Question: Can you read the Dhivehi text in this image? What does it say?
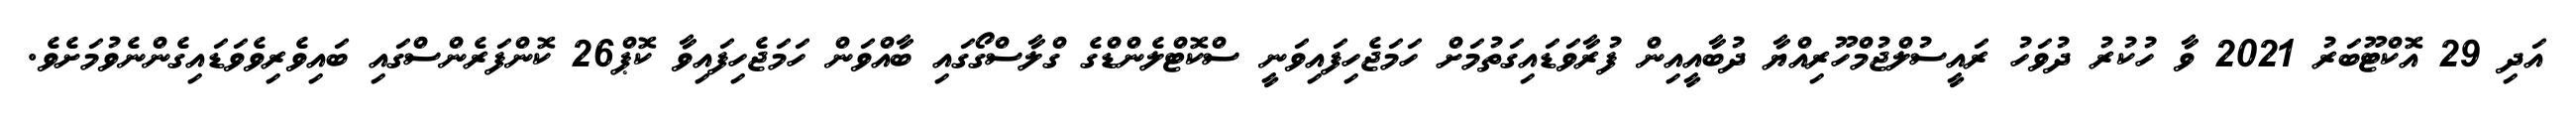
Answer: އަދި 29 އޮކްޓޫބަރު 2021 ވާ ހުކުރު ދުވަހު ރައީސުލްޖުމްހޫރިއްޔާ ދުބާއީއިން ފުރާވަޑައިގަތުމަށް ހަމަޖެހިފައިވަނީ ސްކޮޓްލެންޑްގެ ގްލާސްގޯގައި ބާއްވަން ހަމަޖެހިފައިވާ ކޮޕް26 ކޮންފަރެންސްގައި ބައިވެރިވެވަޑައިގެންނެވުމަށެވެ.